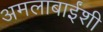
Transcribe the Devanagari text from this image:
अमलाबाईंशी